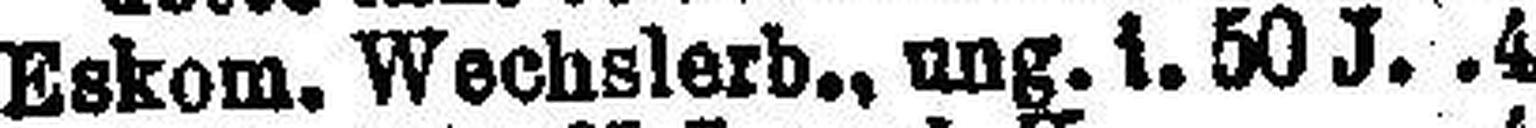
Eskom. Wechslerb., ung. i. 50 J. 4